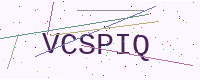
Text: VCSPIQ